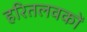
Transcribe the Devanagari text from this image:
हरितलवकों